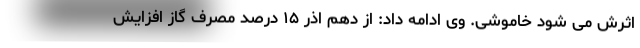
اثرش می شود خاموشی. وی ادامه داد: از دهم اذر ۱۵ درصد مصرف گاز افزایش